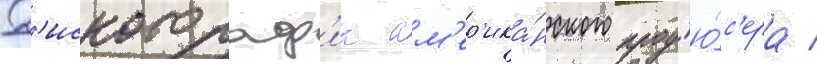
Д'искограф'иа ам'ер'ика́нского прод'ю́с'ера /